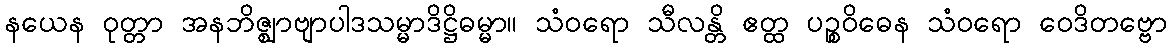
နယေန ဝုတ္တာ အနဘိဇ္ဈာဗျာပါဒသမ္မာဒိဋ္ဌိဓမ္မာ။ သံဝရော သီလန္တိ ဧတ္ထ ပဉ္စဝိဓေန သံဝရော ဝေဒိတဗ္ဗော